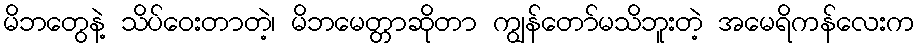
မိဘတွေနဲ့ သိပ်ဝေးတာတဲ့၊ မိဘမေတ္တာဆိုတာ ကျွန်တော်မသိဘူးတဲ့ အမေရိကန်လေးက